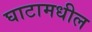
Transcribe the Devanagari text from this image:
घाटामधील